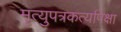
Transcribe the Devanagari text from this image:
मृत्युपत्रकर्त्यापेक्षा